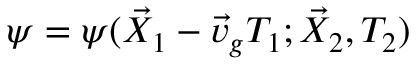
\psi = \psi ( \vec { X } _ { 1 } - \vec { v } _ { g } T _ { 1 } ; \vec { X } _ { 2 } , T _ { 2 } )